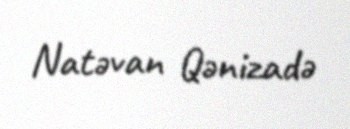
Natəvan Qənizadə